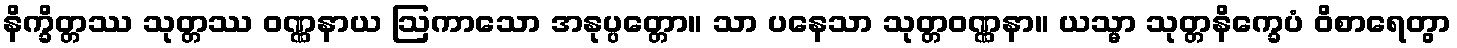
နိက္ခိတ္တဿ သုတ္တဿ ဝဏ္ဏနာယ ဩကာသော အနုပ္ပတ္တော။ သာ ပနေသာ သုတ္တဝဏ္ဏနာ။ ယသ္မာ သုတ္တနိက္ခေပံ ဝိစာရေတွာ